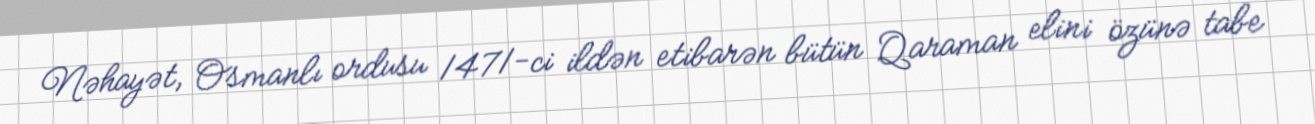
Nəhayət, Osmanlı ordusu 1471-ci ildən etibarən bütün Qaraman elini özünə tabe